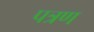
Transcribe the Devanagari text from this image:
पत्रण